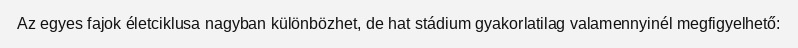
Az egyes fajok életciklusa nagyban különbözhet, de hat stádium gyakorlatilag valamennyinél megfigyelhető: